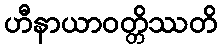
ဟီနာယာဝတ္တိဿတိ